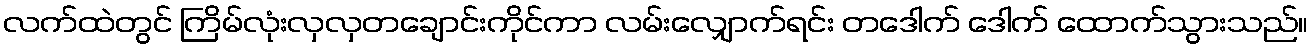
လက်ထဲတွင် ကြိမ်လုံးလှလှတချောင်းကိုင်ကာ လမ်းလျှောက်ရင်း တဒေါက် ဒေါက် ထောက်သွားသည်။